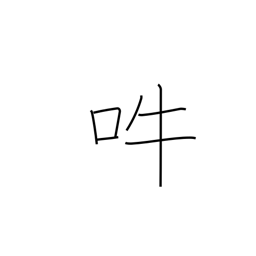
Meaning: bark